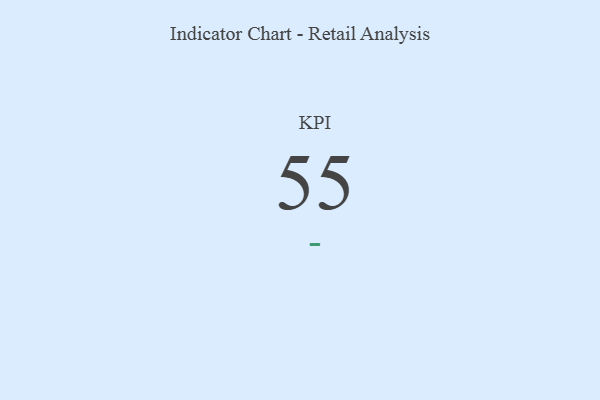
{"axis": {"x": "KPI", "y": "Value"}, "legend": [""], "data": [{"x": "KPI", "y": 55, "type": ""}]}